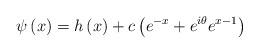
LaTeX: \begin{align*}\psi\left(x\right)=h\left(x\right)+c\left(e^{-x}+e^{i\theta}e^{x-1}\right)\end{align*}